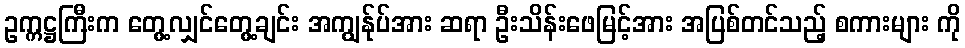
ဥက္ကဋ္ဌကြီးက တွေ့လျှင်တွေ့ချင်း အကျွန်ုပ်အား ဆရာ ဦးသိန်းဖေမြင့်အား အပြစ်တင်သည့် စကားများ ကို